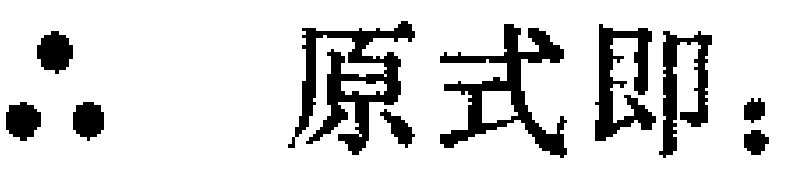
\(\therefore 原式即:\)